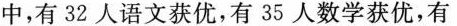
中，有32人语文获优，有35人数学获优，有